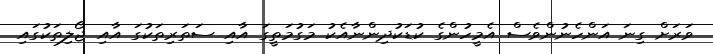
ވަރަށް ގިނަ އަންހެނުންވެސް އެމީހުންގެ ކުޑަކުދިންނާއެކު މަގުމަތީގަ އާއި ސަތަރިތަކުގަ އާއި ޖޯލިތަކުގައި